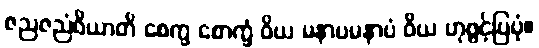
ဇညဇညံဝိယာတိ စေက္ခ စောက္ခံ ဝိယ မနာပမနာပံ ဝိယ ဟုဖွင့်ပြပုံ။